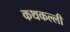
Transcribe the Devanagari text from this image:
कथकल्ली